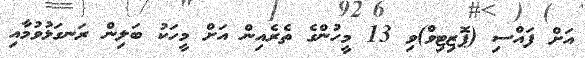
އަށް ފައްސި (ޕޮޒިޓިވް)ވި 13 މީހުންގެ ތެރެއިން އަށް މީހަކު ބަލިން ރަނގަޅުވުމާއި